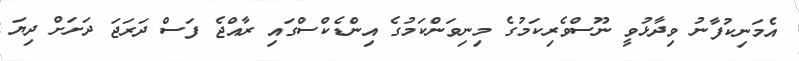
އެމަނިކުފާނު ވިދާޅުވީ ނޫސްވެރިކަމުގެ މިނިވަންކަމުގެ އިންޑެކްސްގައި ރާއްޖެ ފަސް ދަރަޖަ ދަށަށް ދިޔަ